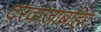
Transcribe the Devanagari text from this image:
दरवाजाबहिर